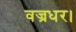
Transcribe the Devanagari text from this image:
वज्रधर।